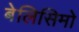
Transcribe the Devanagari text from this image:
बेलिसिमो